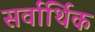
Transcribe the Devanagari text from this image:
सर्वार्थिक